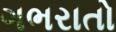
ગભરાતો